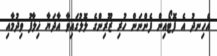
އެހިނދު އެ ފޮޓޯއިން ފެންނަން ހުރި ޒޫރިންގެ ލޮލުގައިވާ އާދަޔާ ޚިލާފު ވިދުމާއި